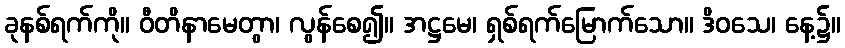
ခုနစ်ရက်ကို။ ဝီတိနာမေတွာ၊ လွန်စေ၍။ အဋ္ဌမေ၊ ရှစ်ရက်မြောက်သော။ ဒိဝသေ၊ နေ့၌။